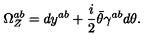
\Omega _ { Z } ^ { a b } = d y ^ { a b } + { \frac { i } { 2 } } \bar { \theta } \gamma ^ { a b } d \theta .